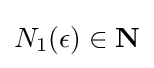
N_{1}(\epsilon )\in \mathbf {N}